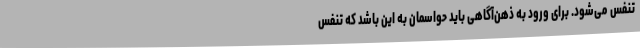
تنفس می‌شود. برای ورود به ذهن‌آگاهی باید حواسمان به این باشد که تنفس